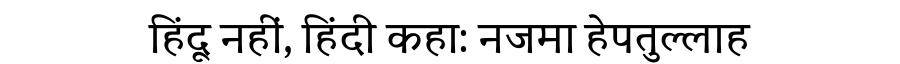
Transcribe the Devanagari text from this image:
हिंदू नहीं, हिंदी कहा: नजमा हेपतुल्लाह